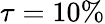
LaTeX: \tau=10\%